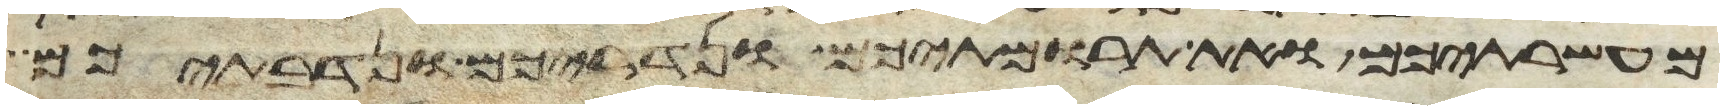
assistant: מעשרתיכם ואת תרומתיכם ונדריכם ונדבתיכם